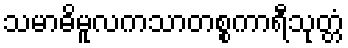
သမာဓိမူလကသာတစ္စကာရီသုတ္တံ